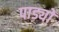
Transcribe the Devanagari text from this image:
पाड्यों